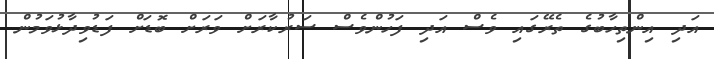
އަދި އިންތިހާބުގެ ތެރޭގައި ވެސް އަދި ފަހުންވެސް ސަރުކާރަށް ވަރަށް ބޮޑަށް ފަޑުވިދާޅުވަމުން